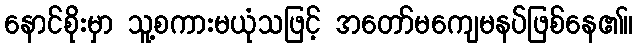
နောင်စိုးမှာ သူ့စကားမယုံသဖြင့် အတော်မကျေမနပ်ဖြစ်နေ၏။